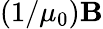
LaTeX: (1/\mu_{0})\mathbf{B}